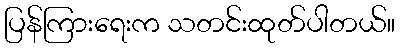
ပြန်ကြားရေးက သတင်းထုတ်ပါတယ်။